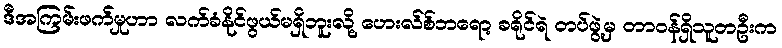
ဒီအကြမ်းဖက်မှုဟာ လက်ခံနိုင်ဖွယ်မရှိဘူးလို့ ဟေးလ်စ်ဘရော့ ခရိုင်ရဲ တပ်ဖွဲ့မှ တာဝန်ရှိသူတဦးက